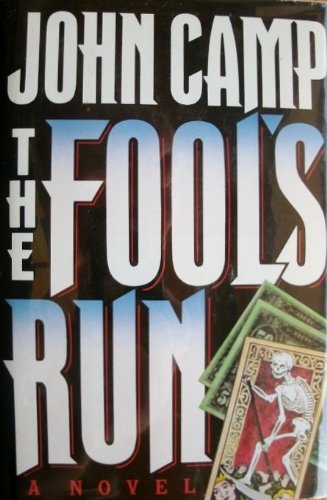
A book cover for The Fool's Run; John Camp (John Sandford); Teen & Young Adult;